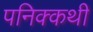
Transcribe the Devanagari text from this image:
पनिक्कथी